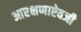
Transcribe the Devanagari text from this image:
आरक्षणाऐवजी